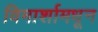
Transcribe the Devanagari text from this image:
विमार्शामधून